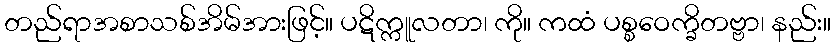
တည်ရာအစာသစ်အိမ်အားဖြင့်။ ပဋိက္ကူလတာ၊ ကို။ ကထံ ပစ္စဝေက္ခိတဗ္ဗာ၊ နည်း။